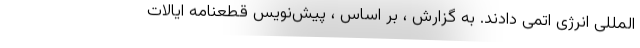
المللی انرژی اتمی دادند. به گزارش ، بر اساس ، پیش‌نویس قطعنامه ایالات